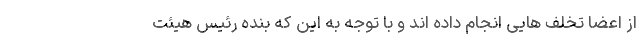
از اعضا تخلف هایی انجام داده اند و با توجه به این که بنده رئیس هیئت